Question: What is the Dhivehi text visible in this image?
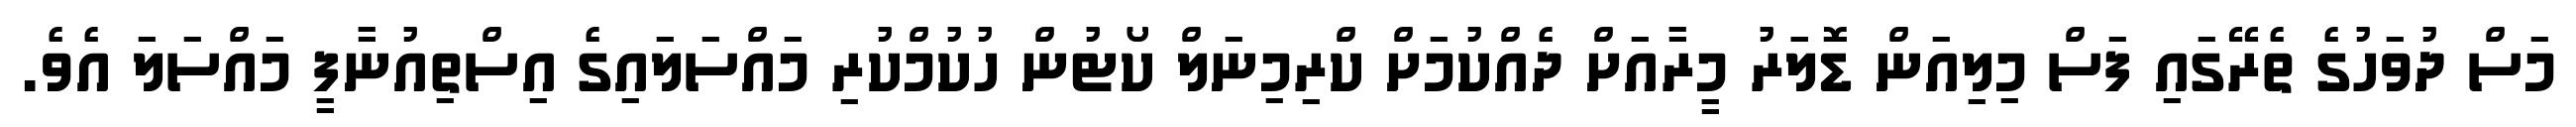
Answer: މަސް ދުވަހުގެ ތެރޭގައި ފަސް މިލިއަން ޑޮލަަރު މީރާއަށް ދެއްކުމަށް ކްރިމިނަލް ކޯޓުން ހުކުމްކުރި މައްސަލައިގެ އިސްތިއުނާފީ މައްސަލަ އެވެ.